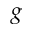
g